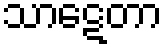
သာဋေတာ